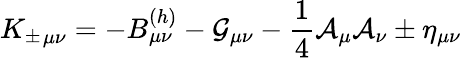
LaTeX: {K_{\pm}}_{\mu\nu}=-B_{\mu\nu}^{(h)}-{\cal G}_{\mu\nu}-{\frac{1}{4}}{\cal A}_{\mu}{\cal A}_{\nu}\pm\eta_{\mu\nu}